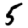
Digit: 5